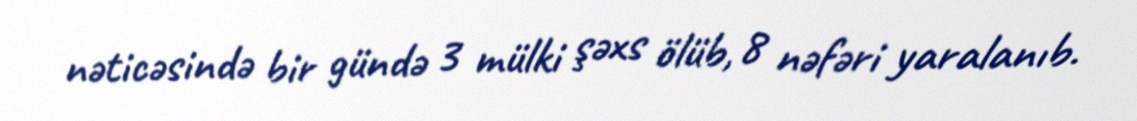
nəticəsində bir gündə 3 mülki şəxs ölüb, 8 nəfəri yaralanıb.